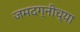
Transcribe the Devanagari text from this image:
जमदग्नीच्या